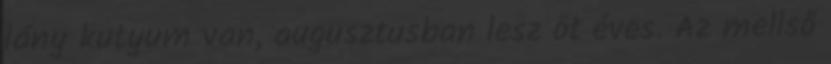
lány kutyum van, augusztusban lesz öt éves. Az mellső